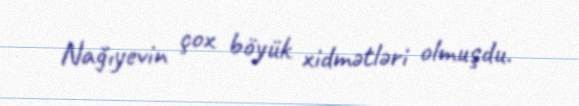
Nağıyevin çox böyük xidmətləri olmuşdu.